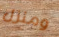
ومنزل